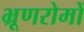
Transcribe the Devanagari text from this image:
भ्रूणरोमों